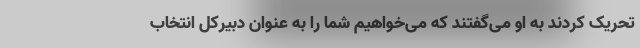
تحریک کردند به او می‌گفتند که می‌خواهیم شما را به عنوان دبیرکل انتخاب